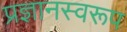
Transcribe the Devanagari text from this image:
प्रज्ञानस्वरूप